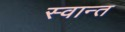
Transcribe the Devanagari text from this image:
स्वान्त